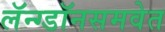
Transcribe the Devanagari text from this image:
लॅन्ग्डॉनसमवेत